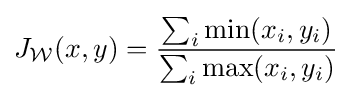
J_{\mathcal {W}}(x,y)={\frac {\sum _{i}\min(x_{i},y_{i})}{\sum _{i}\max(x_{i},y_{i})}}